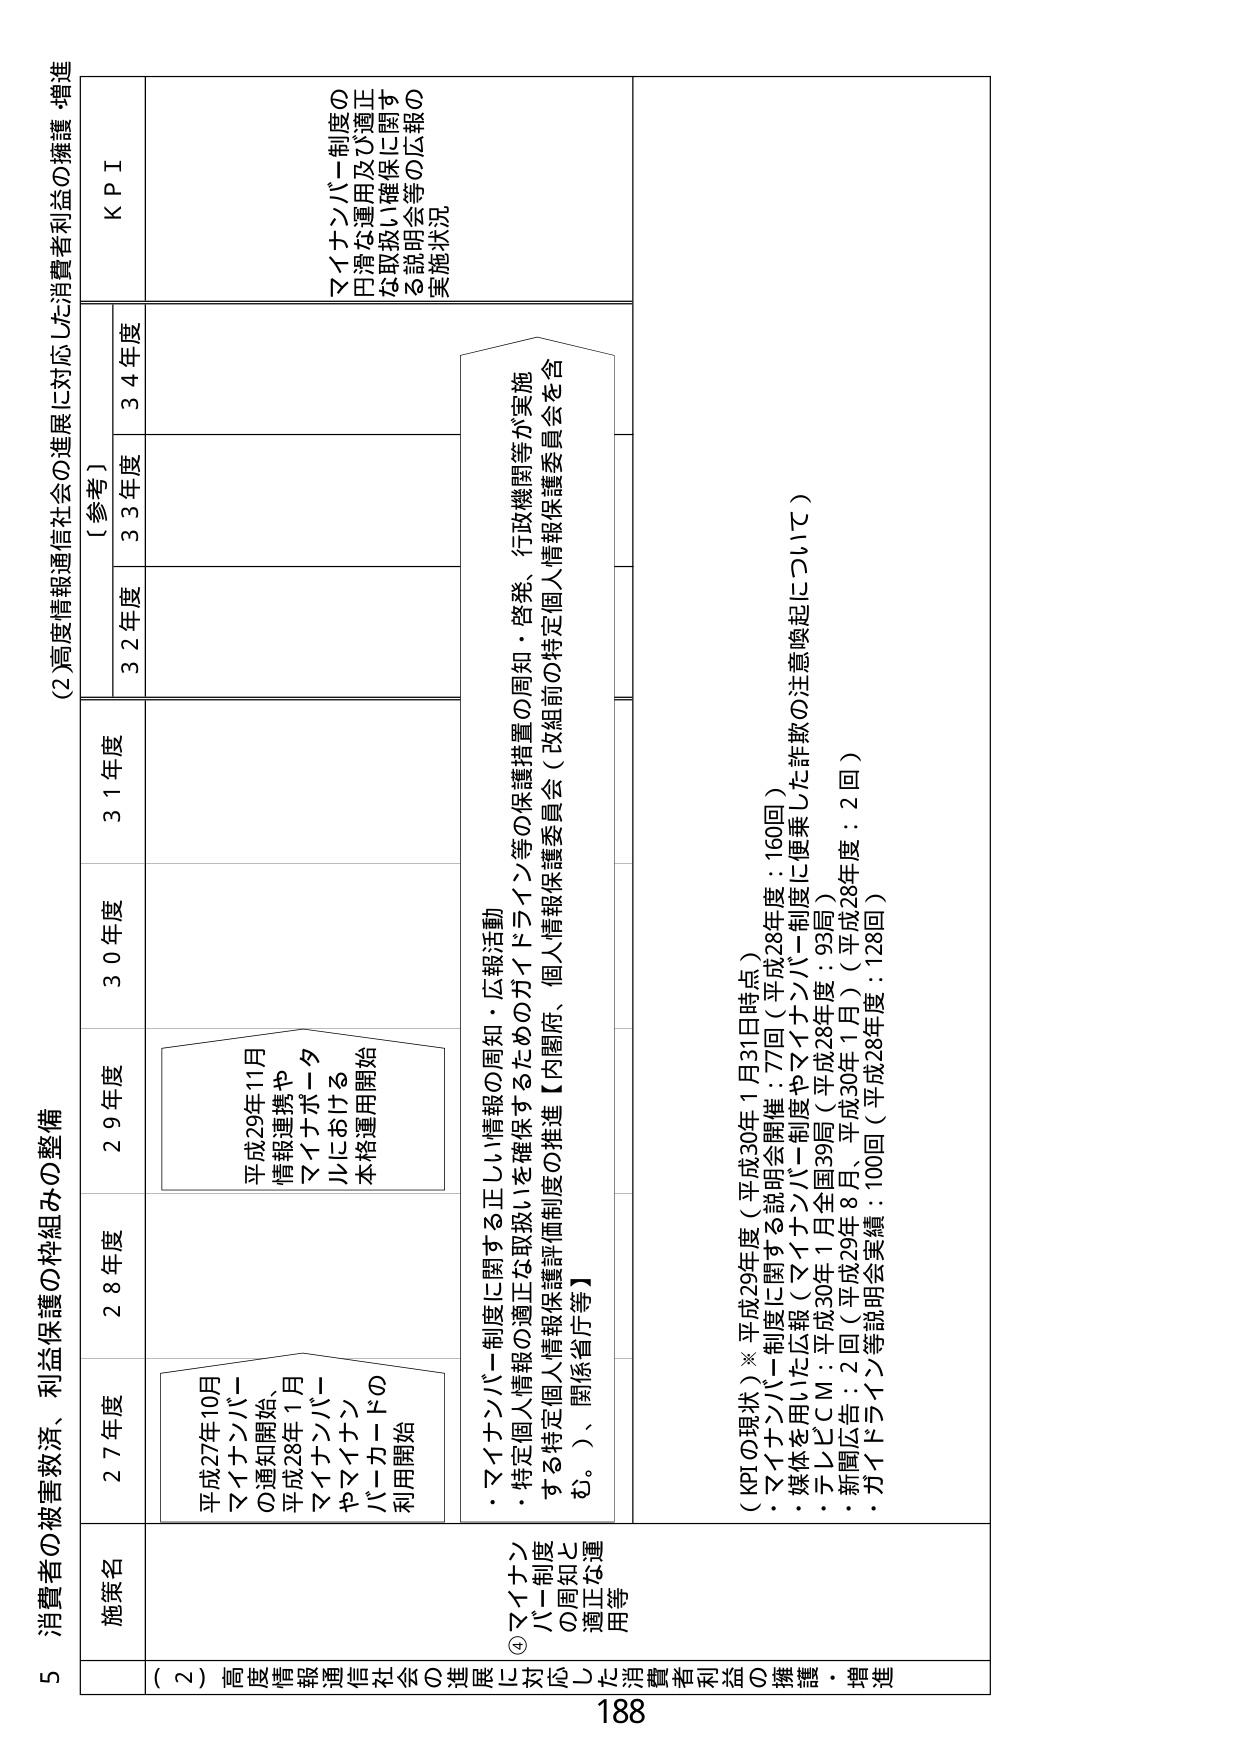
5 消費者の被害救済、利益保護の枠組みの整備

(2) 高度情報通信社会の進展に対応した消費者利益の擁護・増進

施策名
(2) 高度情報通信社会の進展に対応した消費者利益の擁護・増進

④ マイナンバー制度の周知と適正な運用等

・マイナンバー制度に関する正しい情報の周知・広報活動
・特定個人情報の適正な取扱いを確保するためのガイドライン等の保護措置の周知・啓発、行政機関等が実施する特定個人情報保護評価制度の推進【内閣府、個人情報保護委員会（改組前の特定個人情報保護委員会を含む。）、関係省庁等】

平成27年10月
マイナンバーの通知開始、
平成28年1月
マイナンバーやマイナポータルにおける
バーカードの利用開始

平成29年11月
情報連携や
マイナポータルにおける
本格運用開始

〔参考〕
31年度
30年度
29年度
28年度
27年度
32年度
33年度
34年度
KPI

マイナンバー制度の円滑な運用及び適正な取扱い確保に関する説明会等の広報の実施状況

（KPIの現状）※平成29年度（平成30年1月31日時点）
・マイナンバー制度に関する説明会開催：77回（平成28年度：160回）
・媒体を用いた広報（マイナンバー制度やマイナンバー制度に便乗した詐欺の注意喚起について）
・テレビCM：1回（平成30年1月全国39局（平成28年度：93局））
・新聞広告：2回（平成29年8月、平成30年1月）（平成28年度：2回）
・ガイドライン等説明会実績：100回（平成28年度：128回）

188